65_HS1-834228961_62-HQ-83894_Section_7
Agency: FBI
Page 26
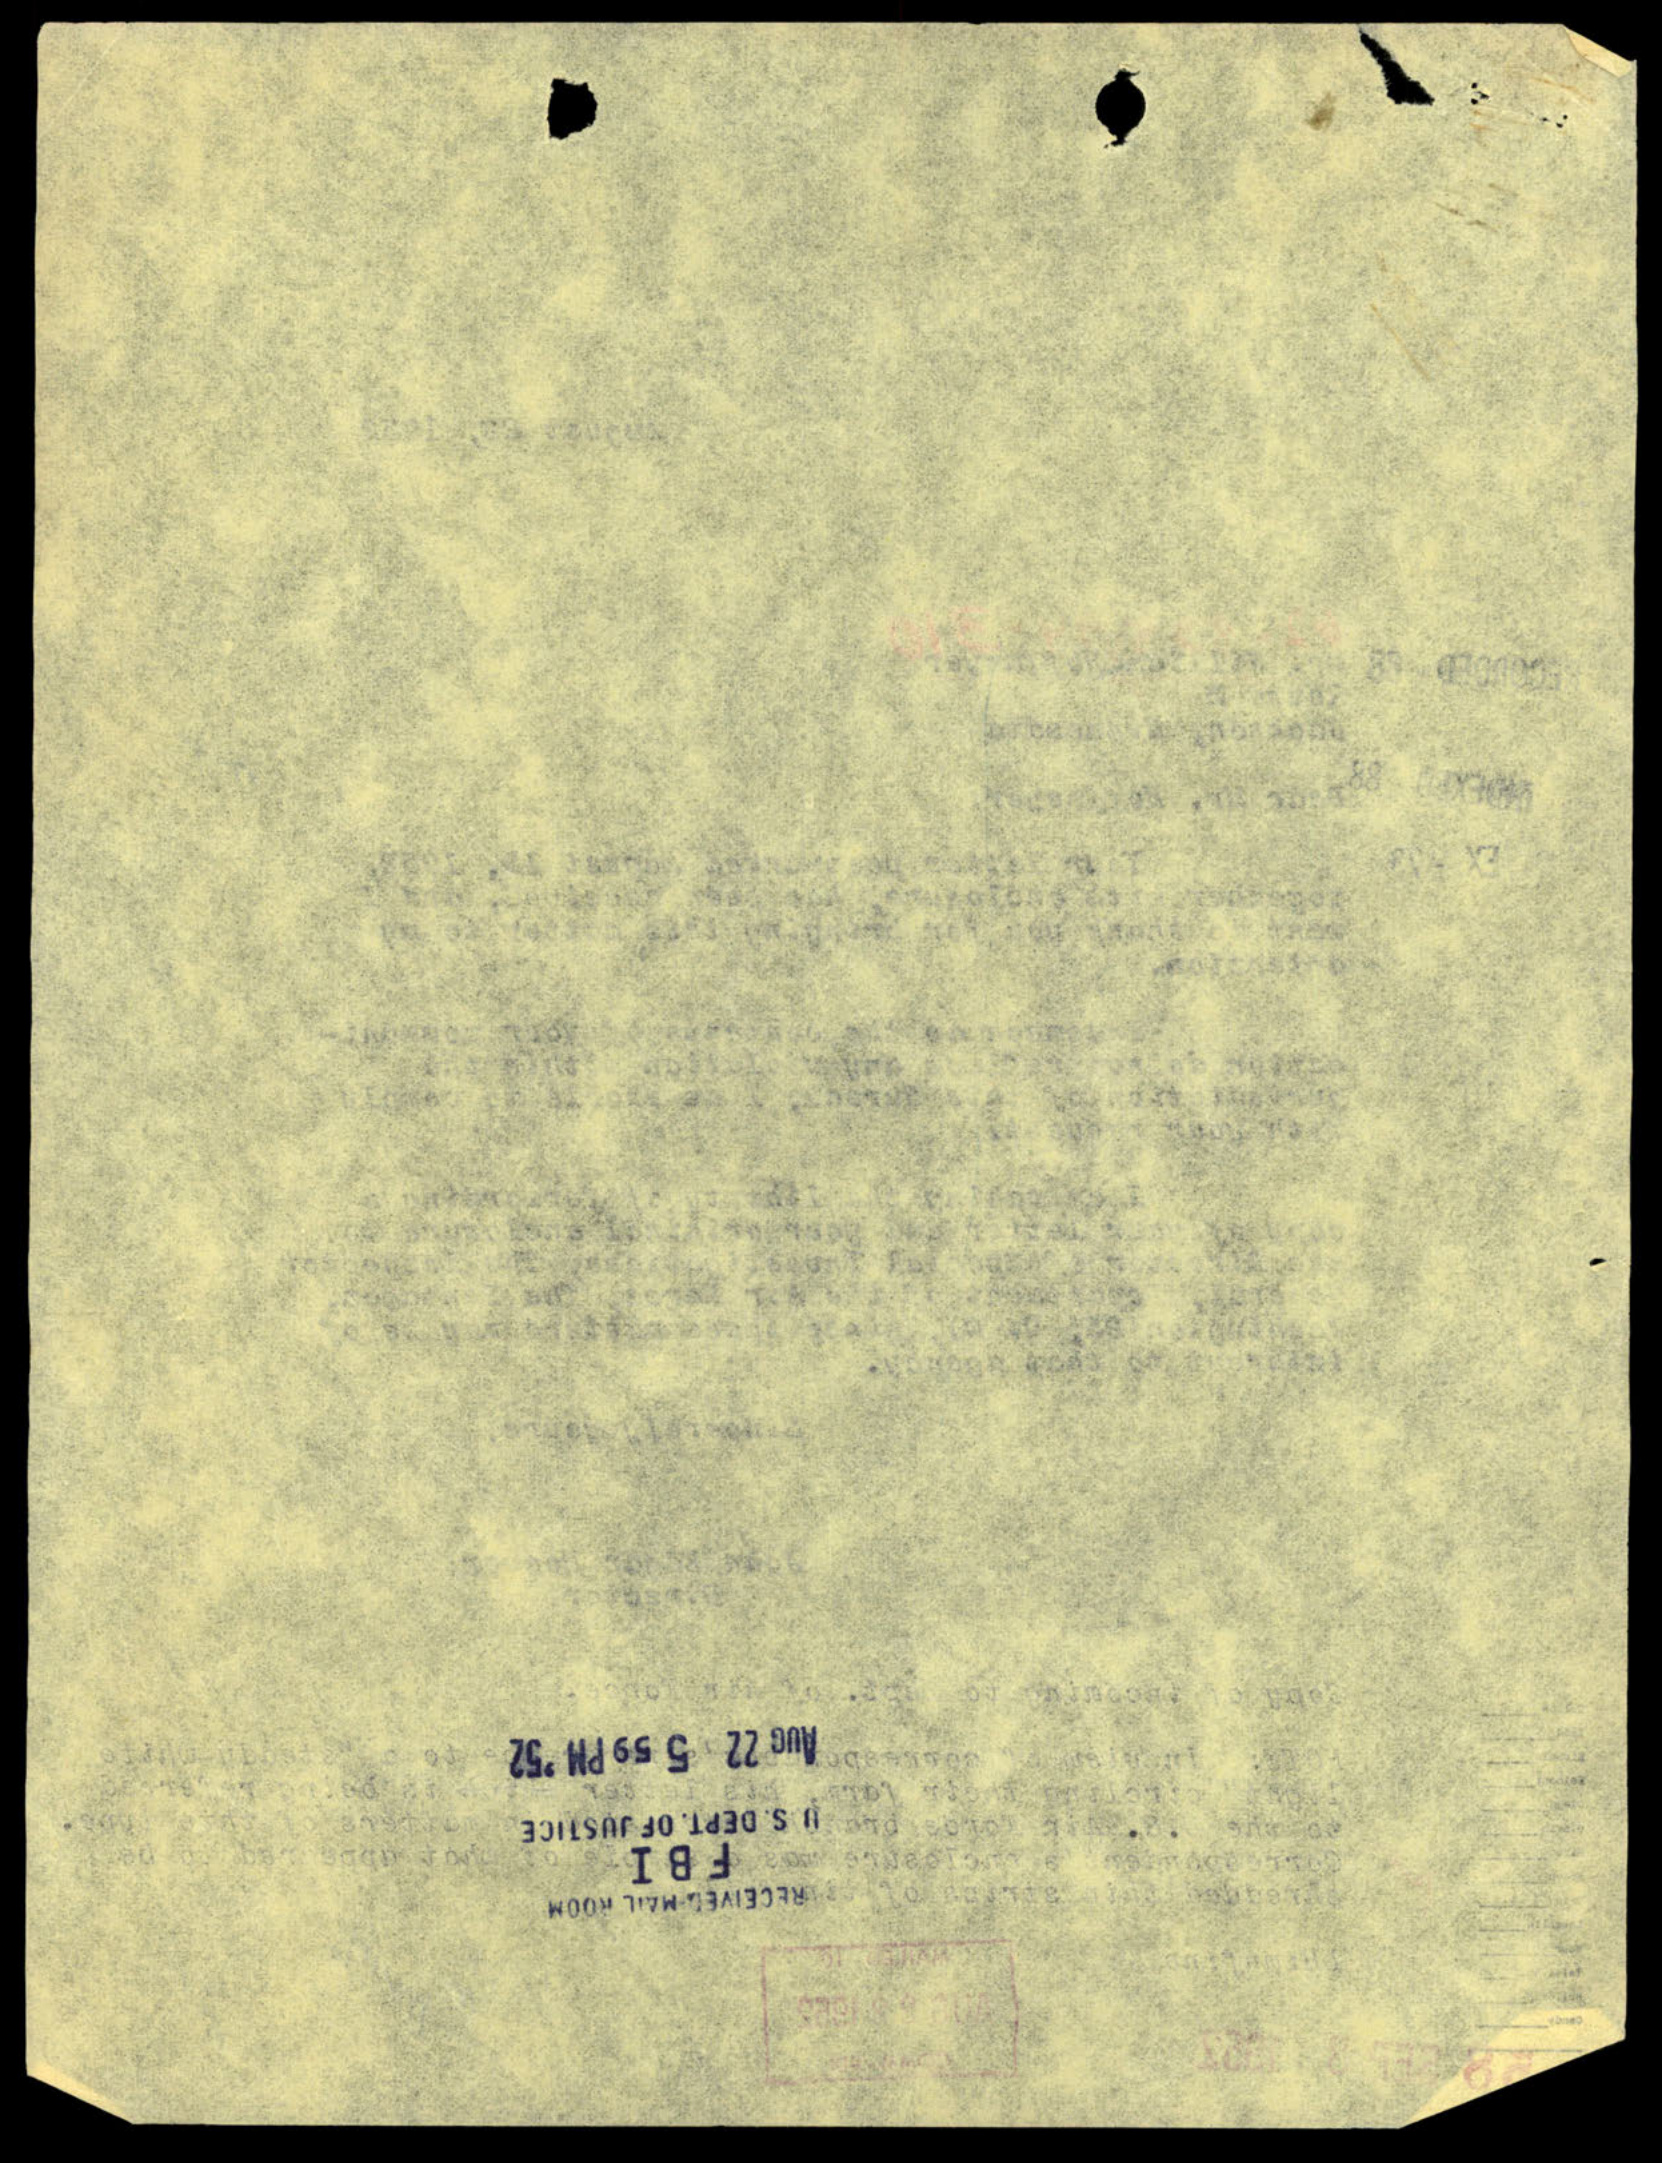